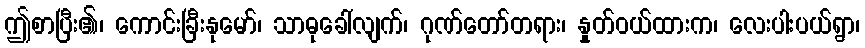
ဤစာပြီး၏၊ ကောင်းခြီးနုမော်၊ သာဓုခေါ်လျက်၊ ဂုဏ်တော်တရား၊ နှုတ်ဝယ်ထားက၊ လေးပါးပယ်ရွာ၊